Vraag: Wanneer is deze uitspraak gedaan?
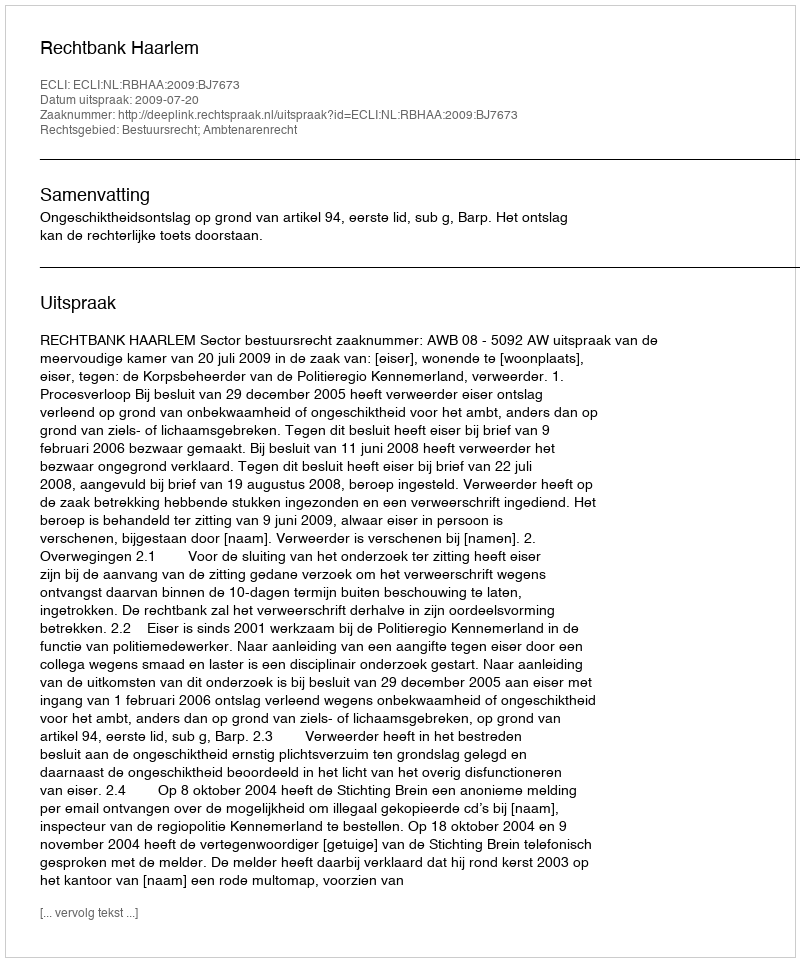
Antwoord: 2009-07-20